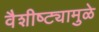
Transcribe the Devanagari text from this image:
वैशीष्ट्यामुळे